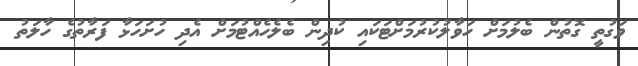
ވަގުތީ ގޮތުން ބެލުމަށް ހަވާލުކުރުމަށްޓަކައި ކުދިން ބެލެހެއްޓުމަށް އެދި ހުށަހަޅާ ފަރާތުގެ ހާލަތު